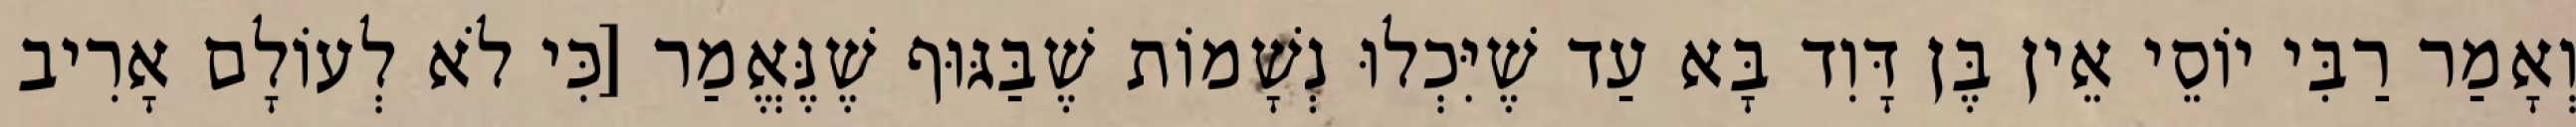
וְאָמַר רַבִּי יוֹסֵי אֵין בֶּן דָּוִד בָּא עַד שֶׁיִּכְלוּ נְשָׁמוֹת שֶׁבַּגּוּף שֶׁנֶּאֱמַר [כִּי לֹא לְעוֹלָם אָרִיב